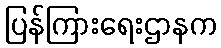
ပြန်ကြားရေးဌာနက